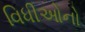
વિધીઓનો